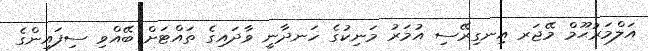
އަލްމަރުޙޫމް މޭޖަރ އިނގިރޭސި އުމަރު މަނިކުގެ ހަނދާނީ ވާދައިގެ ތައްޓަށް ބޭއްވި ސިފައިންގެ